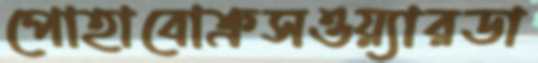
পোহাবোক্রসওয়্যারডা